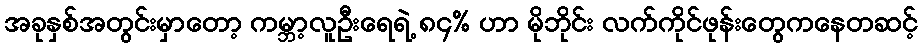
အခုနှစ်အတွင်းမှာတော့ ကမ္ဘာ့လူဦးရေရဲ့ ၈၄% ဟာ မိုဘိုင်း လက်ကိုင်ဖုန်းတွေကနေတဆင့်